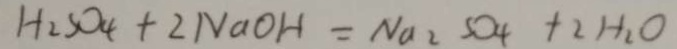
H _ { 2 } S O _ { 4 } + 2 N a O H = N a _ { 2 } S O _ { 4 } + 2 H _ { 2 } O